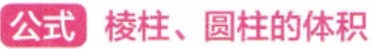
公式 棱柱、圆柱的体积